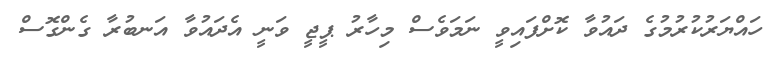
ހައްޔަރުކުރުމުގެ ދައުވާ ކޮށްފައިވީ ނަމަވެސް މިހާރު ޕީޖީ ވަނީ އެދައުވާ އަނބުރާ ގެންގޮސް